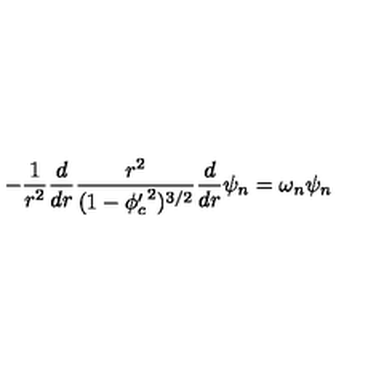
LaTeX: - \frac { 1 } { r ^ { 2 } } \frac { d } { d r } \frac { r ^ { 2 } } { ( 1 - { \phi _ { c } ^ { \prime } } ^ { 2 } ) ^ { 3 / 2 } } \frac { d } { d r } \psi _ { n } = \omega _ { n } \psi _ { n }